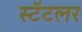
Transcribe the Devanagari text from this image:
स्टॅटलर